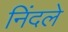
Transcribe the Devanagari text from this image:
निंदले